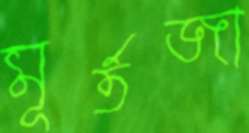
মূর্তজা